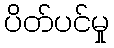
ပိတ်ပင်မှု